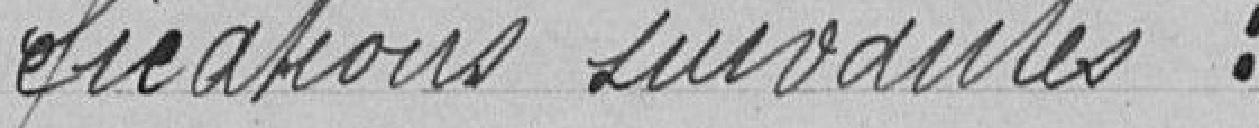
fications suivantes :